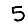
Digit: 5